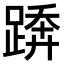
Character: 𨃦